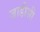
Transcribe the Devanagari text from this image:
जाडीसी